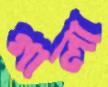
গালা